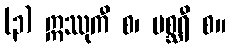
(၃) ဣဿုကီ စ၊ မစ္ဆရီ စ။